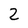
Character: 2